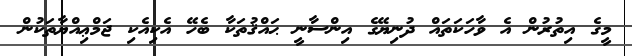
މީގެ އިތުރުން އެ ވާހަކަތައް ދުނިޔޭގެ އިންސާނީ ޙައްޤުތަކާ ބެހޭ އެކިއެކި ޖަމްޢިއްޔާތަކުން